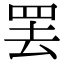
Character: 罢